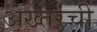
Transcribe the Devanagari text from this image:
अख्तरची